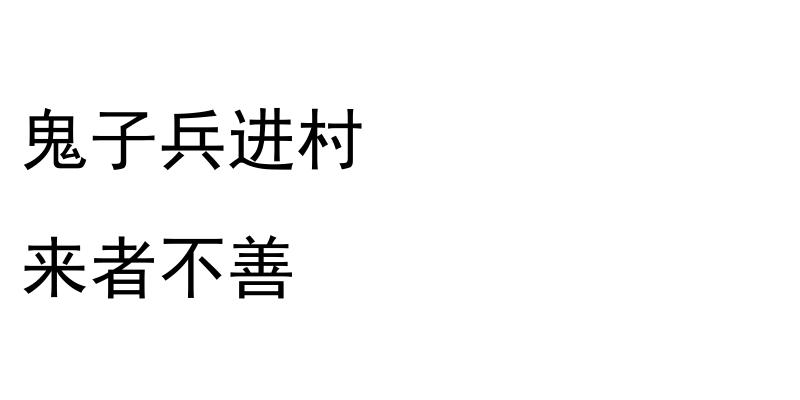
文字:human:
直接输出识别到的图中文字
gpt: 鬼子兵进村 来者不善